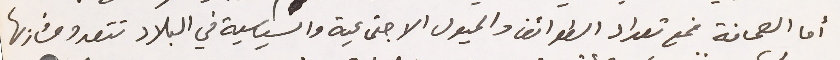
أما الصحافة فمع تعداد الطوائف والميول الاجتماعية والسياسية في البلاد تتعدد مشاربها